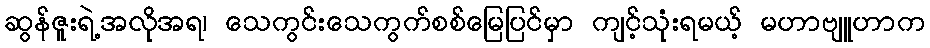
ဆွန်ဇူးရဲ့အလိုအရ၊ သေကွင်းသေကွက်စစ်မြေပြင်မှာ ကျင့်သုံးရမယ့် မဟာဗျူဟာက